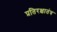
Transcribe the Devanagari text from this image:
प्रतिरक्षातंत्र